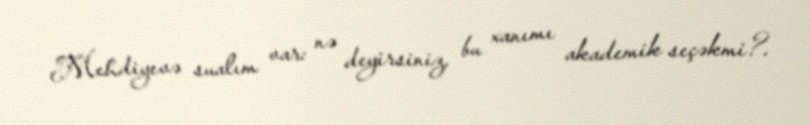
Mehdiyevə sualım var: nə deyirsiniz, bu xanımı akademik seçəkmi?.